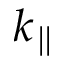
k _ { \parallel }